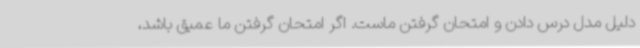
دلیل مدل درس دادن و امتحان گرفتن ماست. اگر امتحان گرفتن ما عمیق باشد،